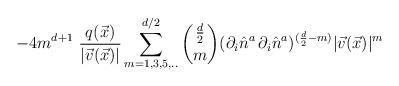
LaTeX: \begin{align*}-4 m^{d+1} \, \, \frac{q(\vec{x})}{|\vec{v}(\vec{x})|} \sum_{m=1, 3, 5, . . }^{d/2} {\frac{d}{2} \choose m}(\partial_{i}\hat{n}^{a}\,\partial_{i}\hat{n}^{a})^{(\frac{d}{2} -m)} |\vec{v}(\vec{x})|^{m}\end{align*}